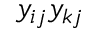
y _ { i j } y _ { k j }